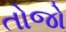
તોજો